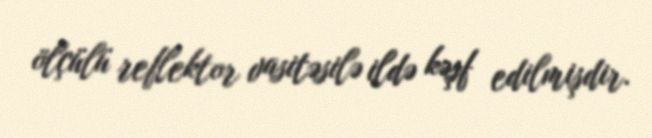
ölçülü reflektor vasitəsilə ildə kəşf edilmişdir.